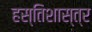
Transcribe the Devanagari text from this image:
हस्तिशास्त्र